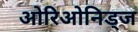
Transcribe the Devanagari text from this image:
ओरिओनिड्ज